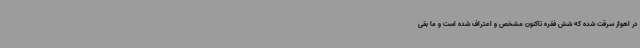
در اهواز سرقت شده که شش فقره تاکنون مشخص و اعتراف شده است و ما بقی